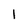
Character: 1